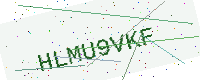
Text: HLMU9VKF